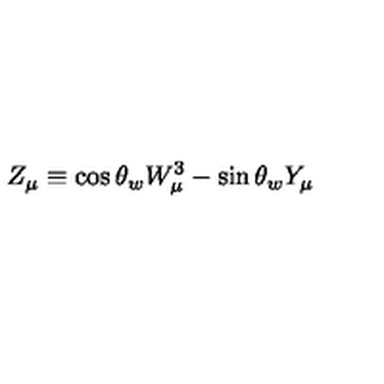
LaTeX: Z _ { \mu } \equiv \cos \theta _ { w } W _ { \mu } ^ { 3 } - \sin \theta _ { w } Y _ { \mu }